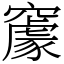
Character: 䆽